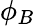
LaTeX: \phi_{B}